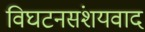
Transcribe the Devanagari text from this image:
विघटनसंशयवाद